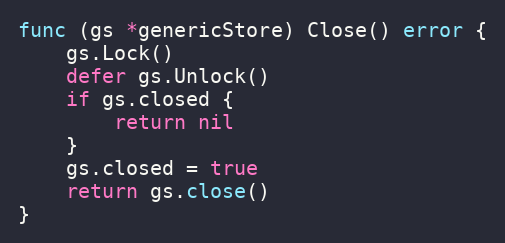
Language: Go
func (gs *genericStore) Close() error {
	gs.Lock()
	defer gs.Unlock()
	if gs.closed {
		return nil
	}
	gs.closed = true
	return gs.close()
}